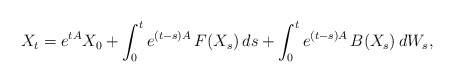
\begin{align*} X_t = e^{ t A } X_0 + \int_0^t e^{ ( t - s )A }\, F( X_s ) \, ds + \int_0^t e^{ ( t - s )A }\, B( X_s ) \, dW_s ,\end{align*}